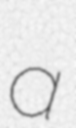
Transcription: a